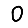
Digit: 0